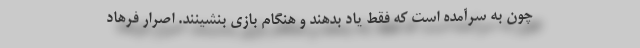
چون به سرآمده است که فقط یاد بدهند و هنگام بازی بنشینند. اصرار فرهاد